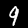
Digit: 9